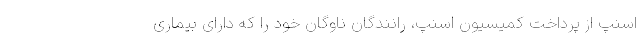
اسنپ از پرداخت کمیسیون اسنپ، رانندگان ناوگان خود را که دارای بیماری